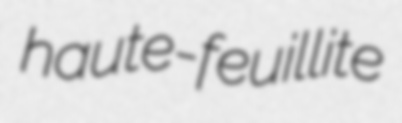
haute-feuillite